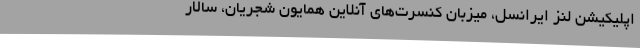
اپلیکیشن لنز ایرانسل، میزبان کنسرت‌های آنلاین همایون شجریان، سالار